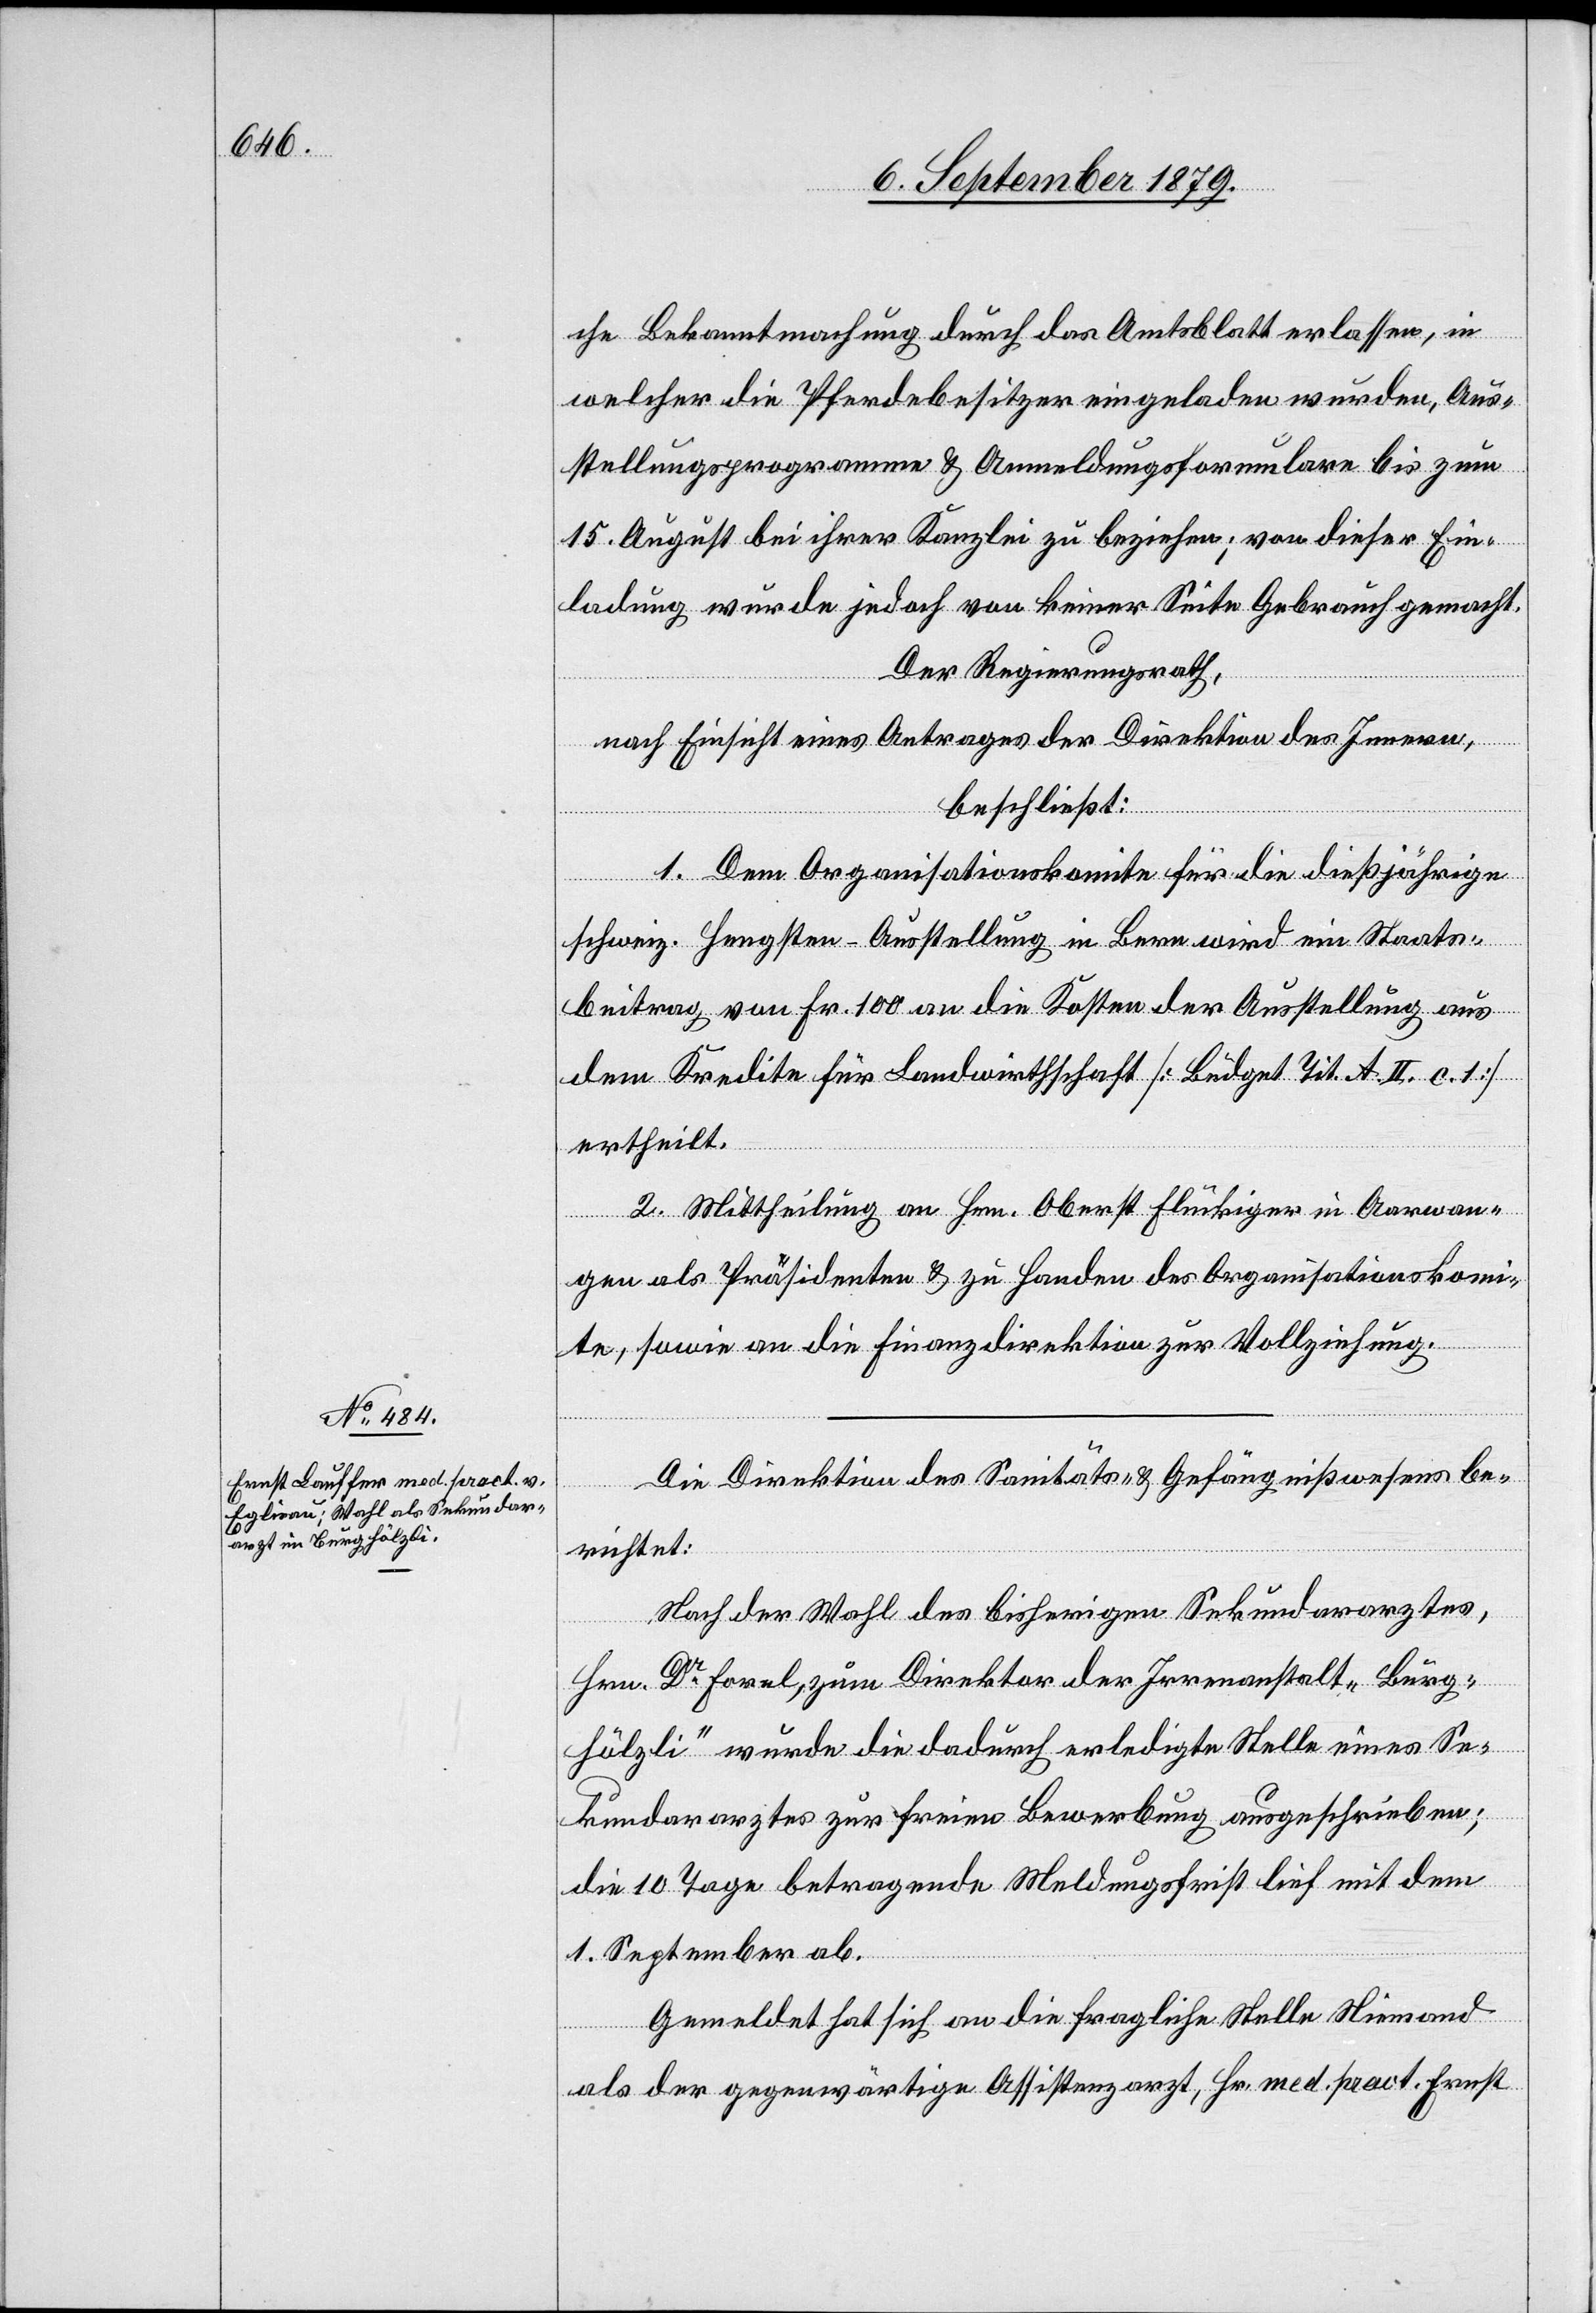
che Bekanntmachung durch das Amtsblatt erlassen, in
welcher die Pferdebesitzer eingeladen wurden, Aus¬
stellungsprogramme & Anmeldungsformulare bis zum
15. August bei ihrer Kanzlei zu beziehen; von dieser Ein¬
ladung wurde jedoch von keiner Seite Gebrauch gemacht.
Der Regierungsrath,
nach Einsicht eines Antrages der Direktion des Innern,
beschließt:
1. Dem Organisationskomite für die dießjährige
schweiz. Hengsten-Ausstellung in Bern wird ein Staats¬
beitrag von Fr. 100 an die Kosten der Ausstellung aus
dem Kredite für Landwirthschaft [Büdget Tit. A II. c. 1]
ertheilt.
2. Mittheilung an Hrn. Oberst Flückiger in Aarwan¬
gen als Präsidenten & zu Handen des Organisationskomi¬
te, sowie an die Finanzdirektion zur Vollziehung.
Die Direktion des Sanitäts- & Gefängnißwesens be¬
richtet:
Nach der Wahl des bisherigen Sekundararztes,
Hrn. Dr Forel, zum Direktor der Irrenanstalt „Burg¬
hölzli“ wurde die dadurch erledigte Stelle eines Se¬
kundararztes zur freien Bewerbung ausgeschrieben;
die 10 Tage betragende Meldungsfrist lief mit dem
1. September ab.
Gemeldet hat sich an die fragliche Stelle Niemand
als der gegenwärtige Assistenzarzt, Hr. med. pract. Ernst